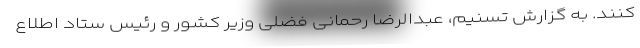
کنند. به گزارش تسنیم، عبدالرضا رحمانی فضلی وزیر کشور و رئیس ستاد اطلاع